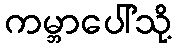
ကမ္ဘာပေါ်သို့